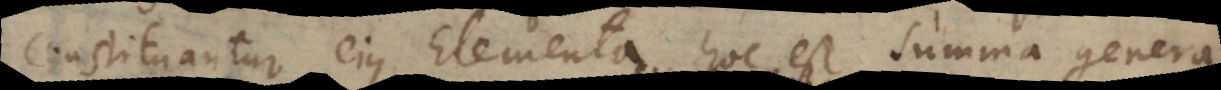
constituantur ejus Elementa, hoc est summa genera